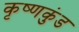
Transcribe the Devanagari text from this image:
कृष्णकुंड